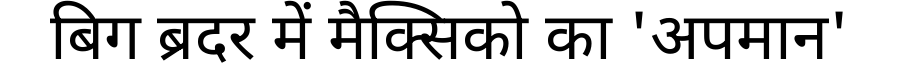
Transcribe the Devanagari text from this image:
बिग ब्रदर में मैक्सिको का 'अपमान'